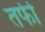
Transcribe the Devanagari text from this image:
तर्फी